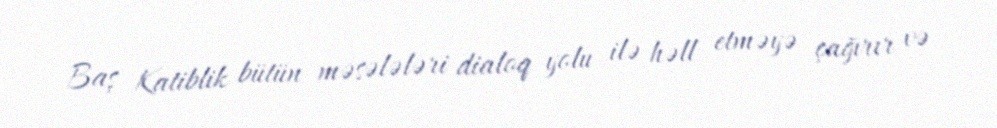
Baş Katiblik bütün məsələləri dialoq yolu ilə həll etməyə çağırır və